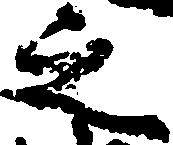
之